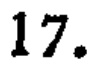
17